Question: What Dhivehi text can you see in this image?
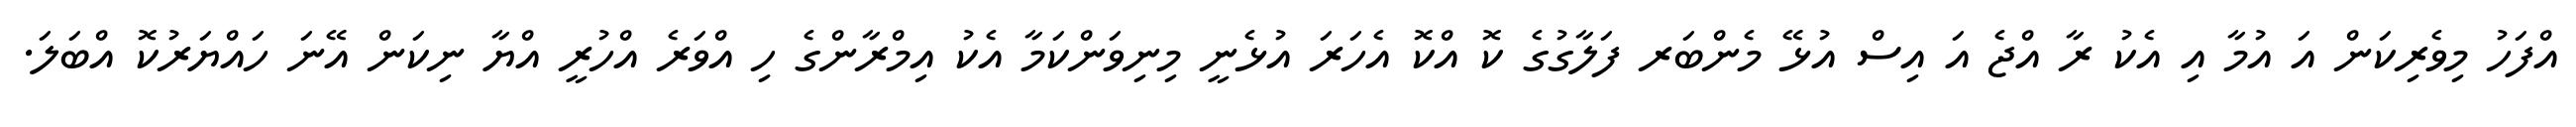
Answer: އްފަހު މިވެރިކަން އަ އުމާ އި އެކު ރާ އްޖެ އަ އިސް އުޅޭ މެންބަރ ފަލާގުގެ ކޮ އްކޮ އެހަރަ އުޅެނީ މިނިވަންކަމާ އެކު އިމްރާންގެ ހި އްވަރެ އްހުރީ އްޔާ ނިކަން އޭނަ ހައްޔަރުކޮ އްބަލަ.